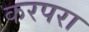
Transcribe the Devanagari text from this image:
करपरा